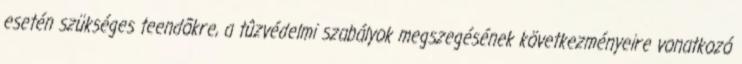
esetén szükséges teendõkre, a tûzvédelmi szabályok megszegésének következményeire vonatkozó